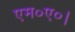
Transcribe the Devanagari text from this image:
एम०ए०।